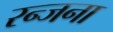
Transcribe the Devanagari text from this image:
रन्जना